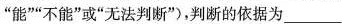
”能””不能”或”无法判断”)，判断的依据为___